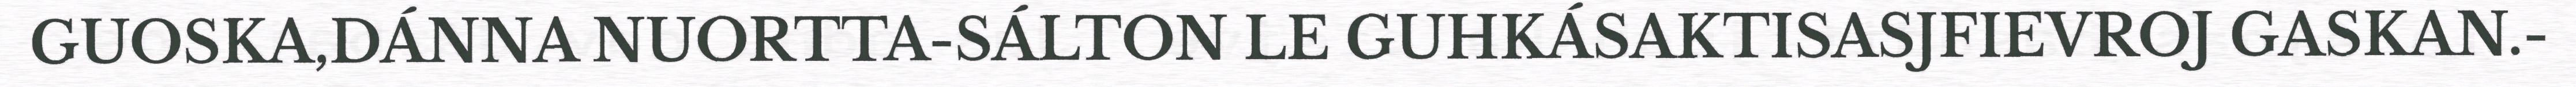
GUOSKA,DÁNNA NUORTTA-SÁLTON LE GUHKÁSAKTISASJFIEVROJ GASKAN.-